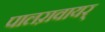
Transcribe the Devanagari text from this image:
पालऱावायर्